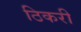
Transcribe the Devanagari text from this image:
ठिकरी